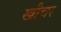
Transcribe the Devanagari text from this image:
खीचर